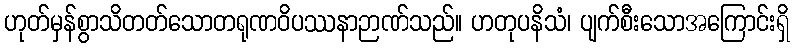
ဟုတ်မှန်စွာသိတတ်သောတရုဏဝိပဿနာဉာဏ်သည်။ ဟတုပနိသံ၊ ပျက်စီးသောအကြောင်းရှိ